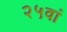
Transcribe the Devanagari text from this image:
२५वां